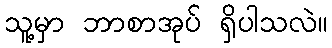
သူ့မှာ ဘာစာအုပ် ရှိပါသလဲ။